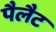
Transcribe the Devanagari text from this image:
पैलैट